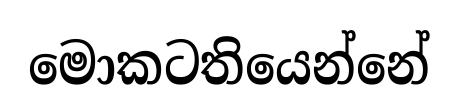
මොකටතියෙන්නේ